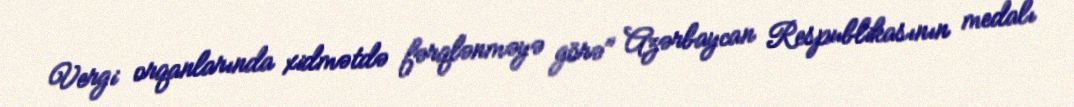
Vergi orqanlarında xidmətdə fərqlənməyə görə" Azərbaycan Respublikasının medalı